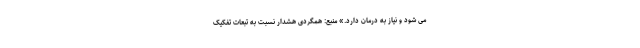
می شود و نیاز به درمان دارد.» منبع: همگردی هشدار نسبت به تبعات تفکیک